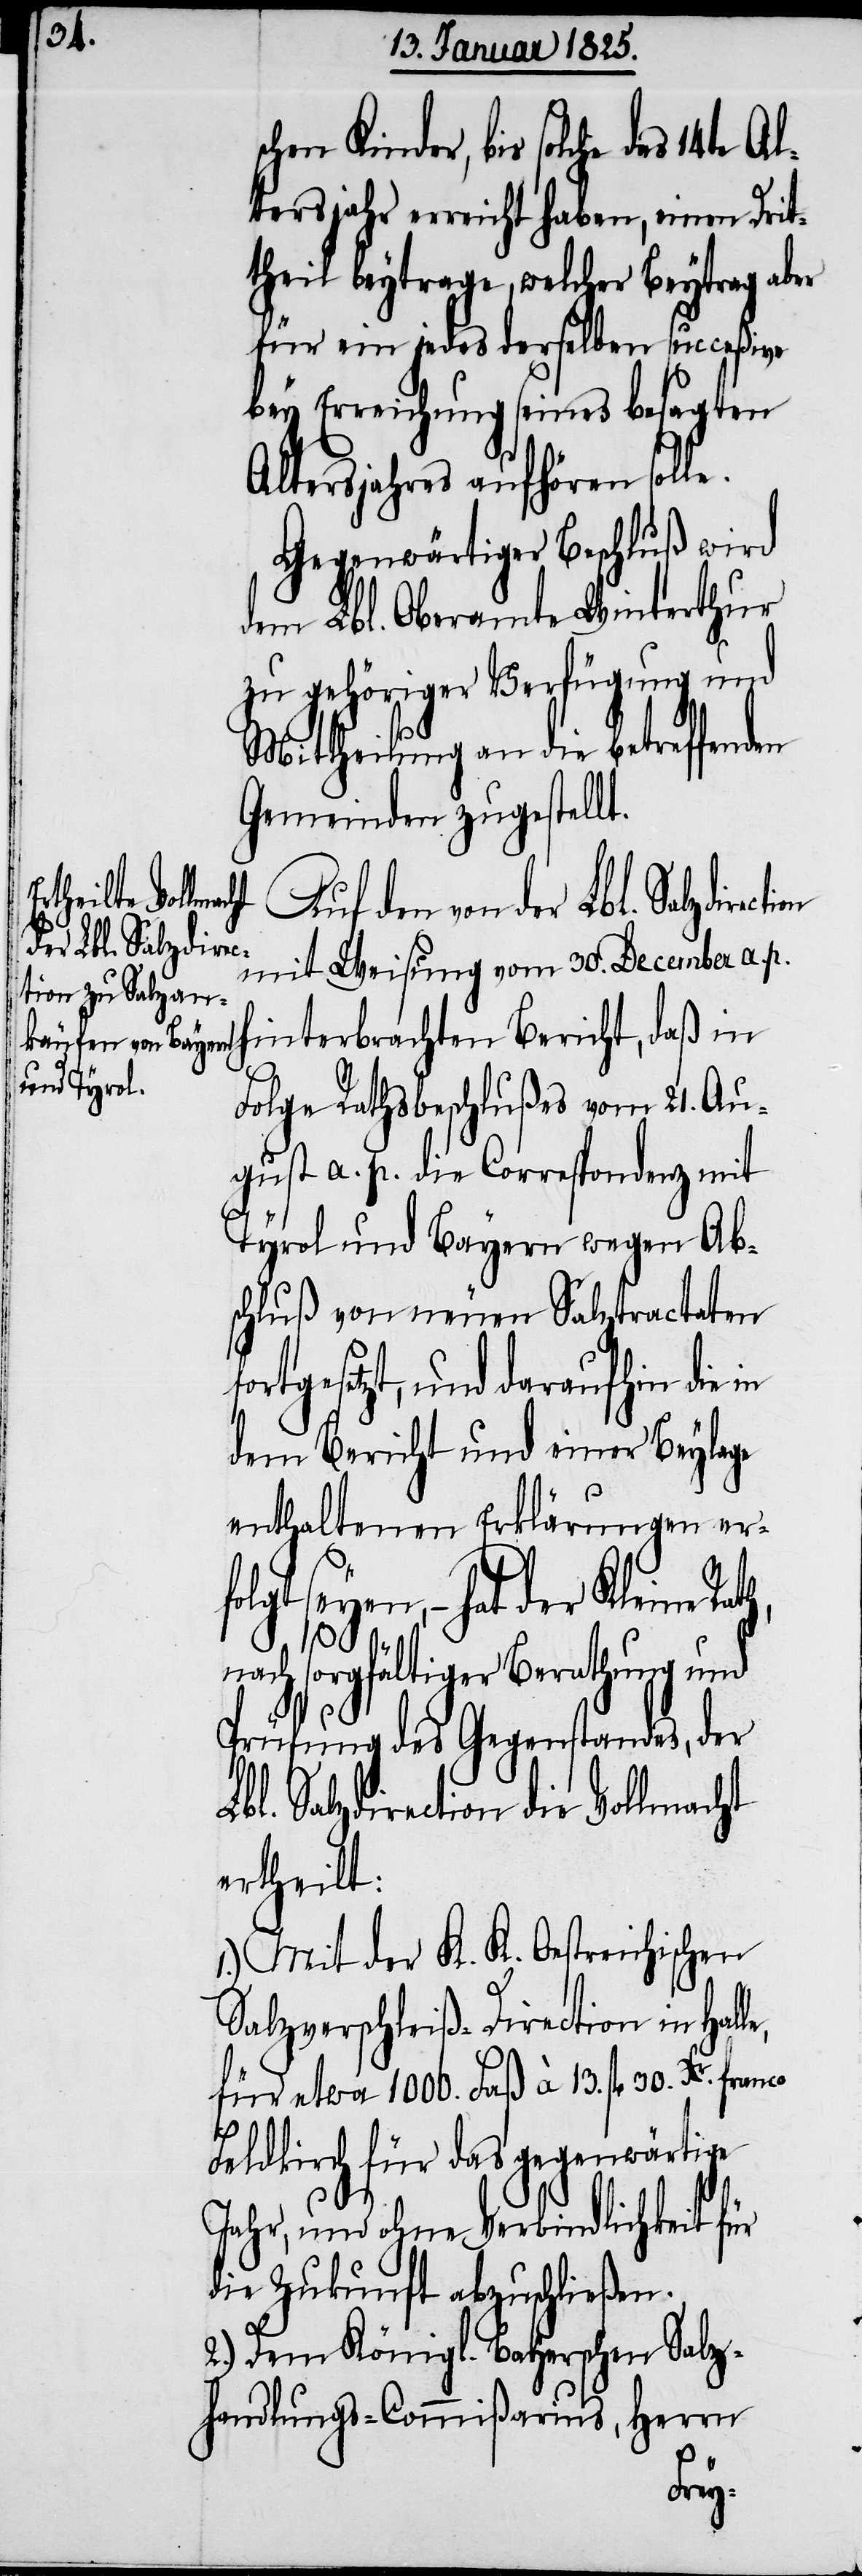
schen Kinder, bis solche das
tersjahr erreicht haben, einen Drit¬
theil beytrage, welcher Beytrag aber
für ein jedes derselben succeßive
bey Erreichung seines besagten
Altersjahres aufhören solle.
Gegenwärtiger Beschluß wird
dem Lbl. Oberamte Winterthur
zu gehöriger Verfügung und
Mittheilung an die betreffenden
Gemeinden zugestellt.
der Lbl. Salzdirec¬
mit Weisung vom 30. December a. p.
hinterbrachten Bericht, daß in
Folge Rathsbeschlußes vom 21. Au¬
gust a. p. die Correspondenz mit
Tyrol und Bayern wegen Ab¬
schluß von neuen Salztractaten
fortgesetzt, und daraufhin die in
dem Bericht und einer Beylage
enthaltenen Erklärungen erfo¬
lgt seyen, – hat der Kleine
30. Xr.
nach sorgfältiger Berathung und
Prüfung des Gegenstandes, der
Lbl. Salzdirection die Vollmacht
ertheilt:
1.) Mit der K. K. Oestreichischen
Salzverschleiß-Direction in Hal¬
für etwa 1000. Faß à 13. Frk[en].
Feldkirch für das gegenwärtige
Jahr, und ohne Verbindlichkeit für
die Zukunft abzuschließen.
2.) Dem Königl. Bayerschen Salz¬
handlungs-Commißarius, Herrn
le,